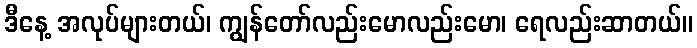
ဒီနေ့ အလုပ်များတယ်၊ ကျွန်တော်လည်းမောလည်းမော၊ ရေလည်းဆာတယ်။